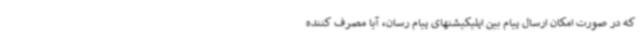
که در صورت امکان ارسال پیام بین اپلیکیشنهای پیام رسان، آیا مصرف کننده